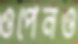
ওপেনও